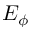
E _ { \phi }